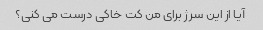
آیا از این سرژ برای من کت خاکی درست می کنی؟